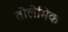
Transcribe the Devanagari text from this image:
तोलेमिक